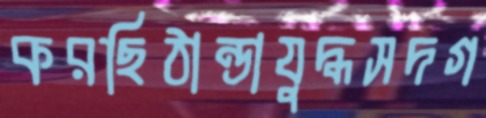
করছিঠান্ডাযুদ্ধসদগ